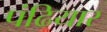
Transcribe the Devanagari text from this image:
पंढियार